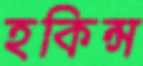
হকিন্স